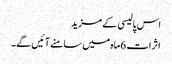
اس پالیسی کے مزید
اثرات 6ماہ میں سامنے آئیں گے۔